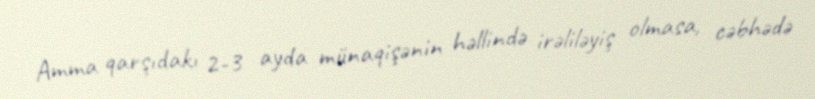
Amma qarşıdakı 2-3 ayda münaqişənin həllində irəliləyiş olmasa, cəbhədə